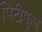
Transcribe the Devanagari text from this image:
पिटीफुल